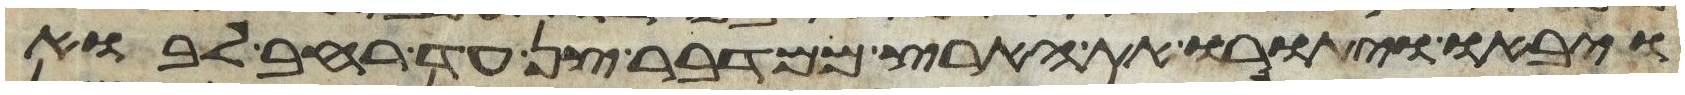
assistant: ויבאו ויתורו את הארץ ממדבר צן עד רחב לבוא